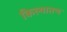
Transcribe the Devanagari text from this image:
किल्यातच